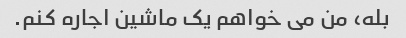
بله، من می خواهم یک ماشین اجاره کنم.